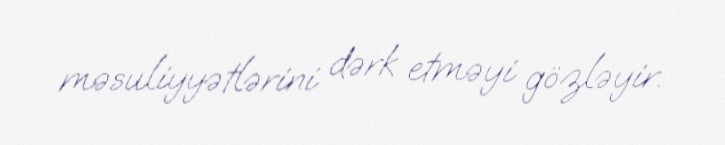
məsuliyyətlərini dərk etməyi gözləyir.